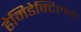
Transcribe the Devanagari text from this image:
हेमिडेक्टिलस